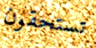
تستحقون